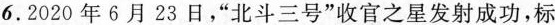
6.2020年6月23日，”北斗三号”收官之星发射成功，标